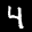
Label: 4